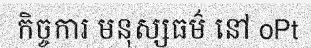
កិច្ចការ មនុស្សធម៌ នៅ oPt